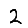
Digit: 2